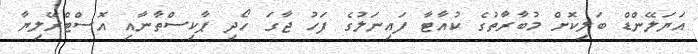
އަޔަލޭންޑް ބަލިކޮށް މުބާރާތުގެ ކުއާޓާ ފައިނަލުގެ ފަހު ޖާގަ ހޯދި ޕާކިސްތާނާއި އޮސްޓްރޭލިޔާ